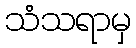
သံသရာမှ